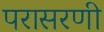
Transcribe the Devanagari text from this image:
परासरणी